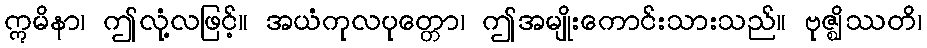
ဣမိနာ၊ ဤလုံ့လဖြင့်။ အယံကုလပုတ္တော၊ ဤအမျိုးကောင်းသားသည်။ ဗုဇ္ဈိဿတိ၊